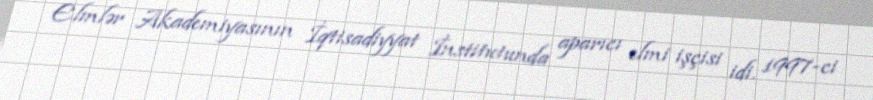
Elmlər Akademiyasının İqtisadiyyat İnstitutunda aparıcı elmi işçisi idi. 1997-ci